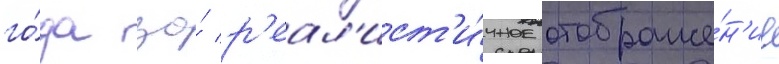
го́да за́ р'еал'ист'и́чное отображе́н'ие